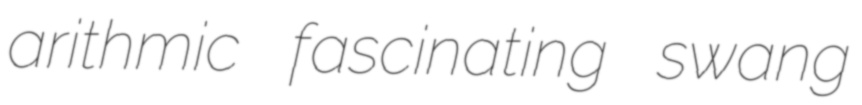
arithmic fascinating swang